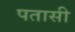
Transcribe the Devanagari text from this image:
पतासी